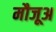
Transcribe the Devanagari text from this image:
मौजूअ